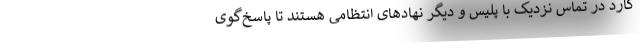
گارد در تماس نزدیک با پلیس و دیگر نهادهای انتظامی هستند تا پاسخ‌گوی